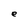
Character: e